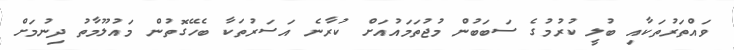
ވައްތަރުތަކާއި ބުލީ ކުރުމުގެ ސަބަބުން މުޖުތަމައުއަށް ކުރާނެ އަަސަރުތަކާ ބެހޭގޮތުން މައުލޫމާތު ދިނުމަށް